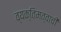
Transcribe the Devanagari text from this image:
व्यक्तिमत्वाची